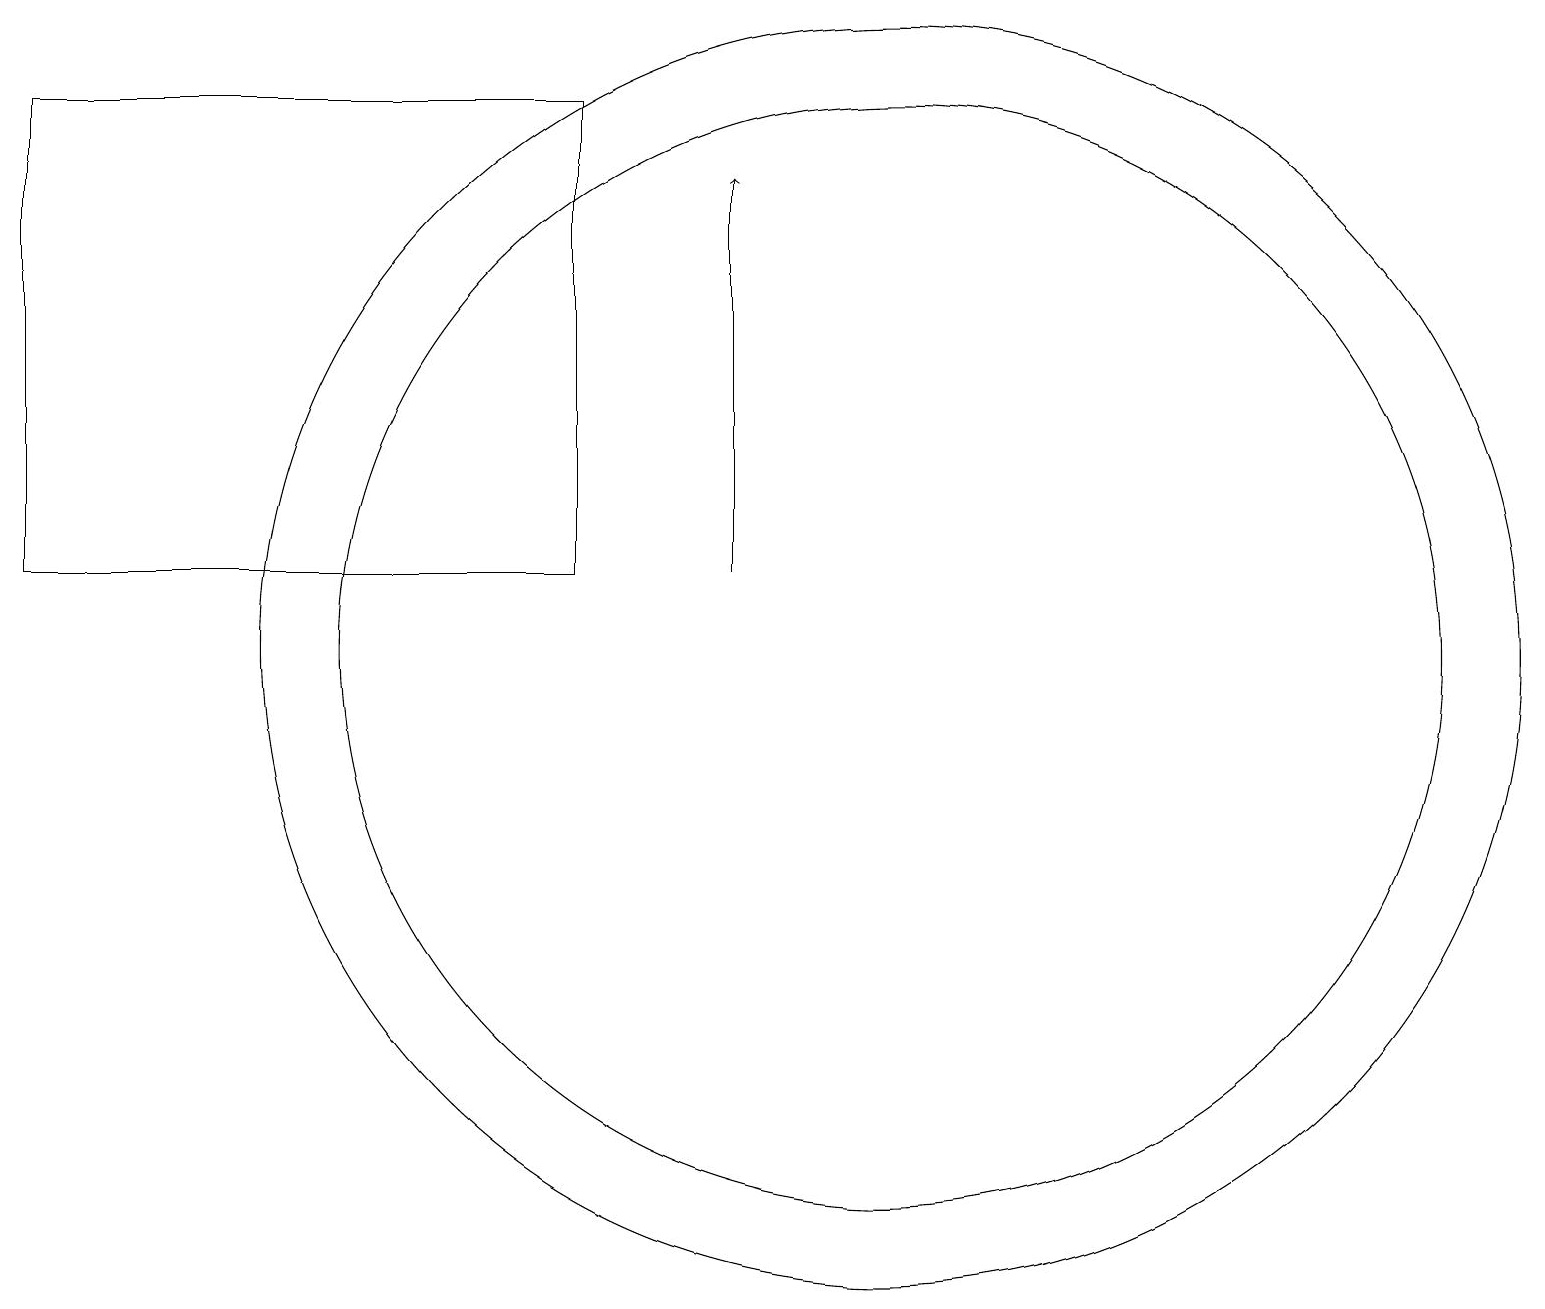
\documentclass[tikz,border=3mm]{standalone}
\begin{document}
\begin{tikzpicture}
\draw[->] (9,12) -- (9,17);
\draw (11,11) circle (8);
\draw (0,12) rectangle (7,18);
\draw (11,11) circle (7);
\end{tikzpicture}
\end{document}